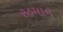
રહમાન